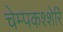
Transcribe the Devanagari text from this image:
चेम्पकश्शेरि